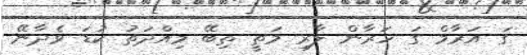
ގަ އަރާމް ގަ ހަރާން ލާރި މަތީ ތިބޭ މިއްދަތު ކުޑަ ވެދާނޭ